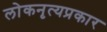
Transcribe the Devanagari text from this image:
लोकनृत्यप्रकार